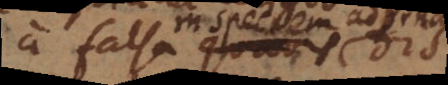
a falsa in